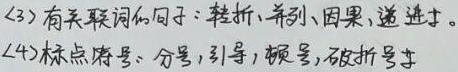
(3) 有关联词的句子：转折、并列、因果、递进等。
(4) 标点符号：分号，引号，顿号，破折号等。